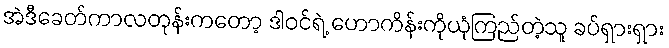
အဲဒီခေတ်ကာလတုန်းကတော့ ဒါဝင်ရဲ့ ဟောကိန်းကိုယုံကြည်တဲ့သူ ခပ်ရှားရှား